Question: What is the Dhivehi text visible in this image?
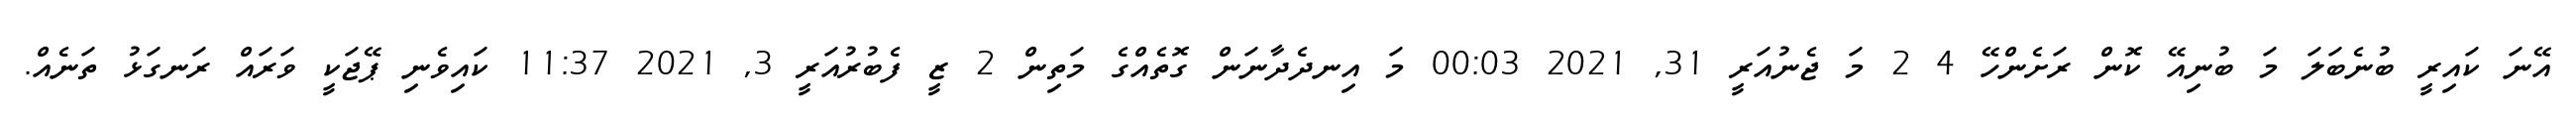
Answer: އޭނަ ކައިރީ ބުނެބަލަ މަ ބުނިއޭ ކޮން ރަށެންހޭ 4 2 މަ ޖެނުއަރީ 31, 2021 00:03 މަ އިނދެދާނަން ގޮތެއްގެ މަތިން 2 ޒީ ފެބުރުއަރީ 3, 2021 11:37 ކައިވެނި ޕޭޖަކީ ވަރައް ރަނގަޅު ތަނެއް.